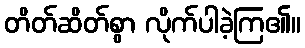
တိတ်ဆိတ်စွာ လိုက်ပါခဲ့ကြ၏။